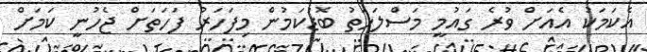
އެކަމަކު އެއަށް ވުރެ ގައުމީ މަސްލަހަތު ބޮޑުކަމުން މިފަހަރު ފަހަތަށް ޖެހުނީ ކަމަށް